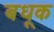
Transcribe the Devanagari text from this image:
बधूक